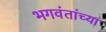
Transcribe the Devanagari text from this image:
भगवंतांच्या